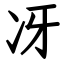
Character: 冴